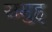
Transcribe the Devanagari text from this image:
समुह्